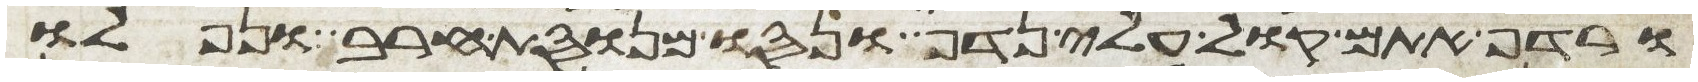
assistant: ורדף אתם קול עלי נדף ונסו מנוסת חרב ונפלו